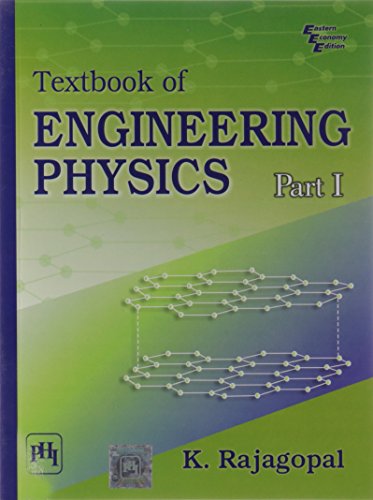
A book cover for Textbook of Engineering Physics: Pt. I; K. Rajagopal; Science & Math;